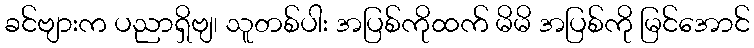
ခင်ဗျားက ပညာရှိဗျ၊ သူတစ်ပါး အပြစ်ကိုထက် မိမိ အပြစ်ကို မြင်အောင်